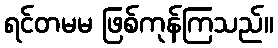
ရင်တမမ ဖြစ်ကုန်ကြသည်။